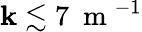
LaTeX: \mathbf{k}\lesssim7~\mathrm{{~m~}}^{-1}